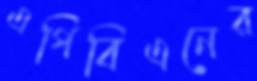
এপিবিএনের